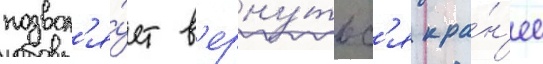
позвол'я́ет в'ерну́тьс'я к ра́н'ее